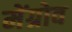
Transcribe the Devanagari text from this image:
मेंग्रोव